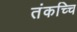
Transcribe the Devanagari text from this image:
तंकच्चि